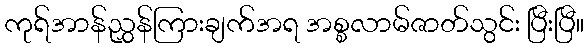
ကုရ်အာန်ညွှန်ကြားချက်အရ အစ္စလာမ်ဇာတ်သွင်း ပြီးပြီ။